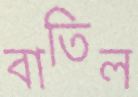
বাতিল